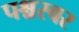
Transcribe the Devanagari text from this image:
पश्चस्वर